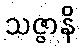
သဇ္ဇာနိ